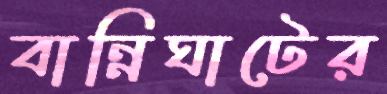
বান্নিঘাটের